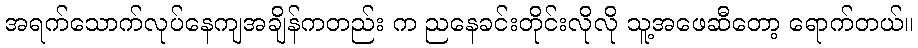
အရက်သောက်လုပ်နေကျအချိန်ကတည်း က ညနေခင်းတိုင်းလိုလို သူ့အဖေဆီတော့ ရောက်တယ်။